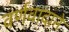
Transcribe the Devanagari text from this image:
वर्णवादाने